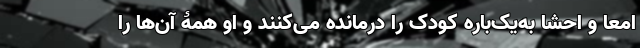
امعا و احشا به‌یک‌باره کودک را درمانده می‌کنند و او همۀ آن‌ها را